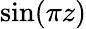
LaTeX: \sin(\pi z)